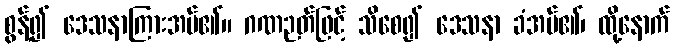
စွန့်၍ ဒေသနာကြားအပ်၏။ ဂဏဉတ်ဖြင့် သိစေ၍ ဒေသနာ ခံအပ်၏၊ ထို့နောက်